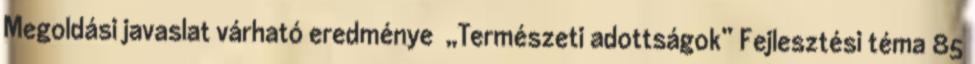
Megoldási javaslat várható eredménye ▪„Természeti adottságok” Fejlesztési téma 85